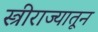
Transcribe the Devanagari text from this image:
स्त्रीराज्यातून